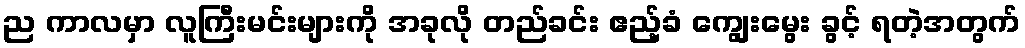
ည ကာလမှာ လူကြီးမင်းများကို အခုလို တည်ခင်း ဧည့်ခံ ကျွေးမွေး ခွင့် ရတဲ့အတွက်